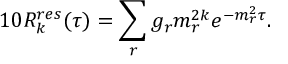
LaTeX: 1 0 R _ { k } ^ { r e s } ( \tau ) = \sum _ { r } g _ { r } m _ { r } ^ { 2 k } e ^ { - m _ { r } ^ { 2 } \tau } .